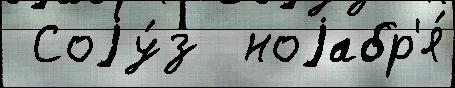
 Соjу́з  ноjабр'я́